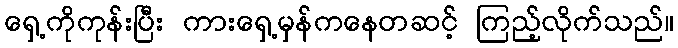
ရှေ့ကိုကုန်းပြီး ကားရှေ့မှန်ကနေတဆင့် ကြည့်လိုက်သည်။